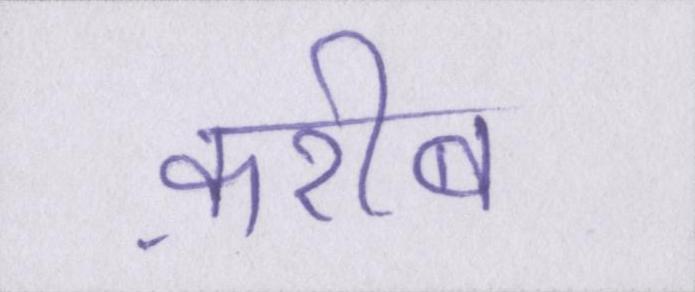
क़रीब